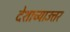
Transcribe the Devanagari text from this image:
देशाच्याउत्तर